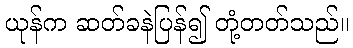
ယုန်က ဆတ်ခနဲပြန်၍ တုံ့တတ်သည်။